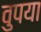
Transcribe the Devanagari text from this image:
वुपया